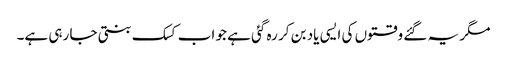
مگر یہ گئے وقتوں کی ایسی یاد بن کر رہ گئی ہے جو اب کسک بنتی جا رہی ہے۔